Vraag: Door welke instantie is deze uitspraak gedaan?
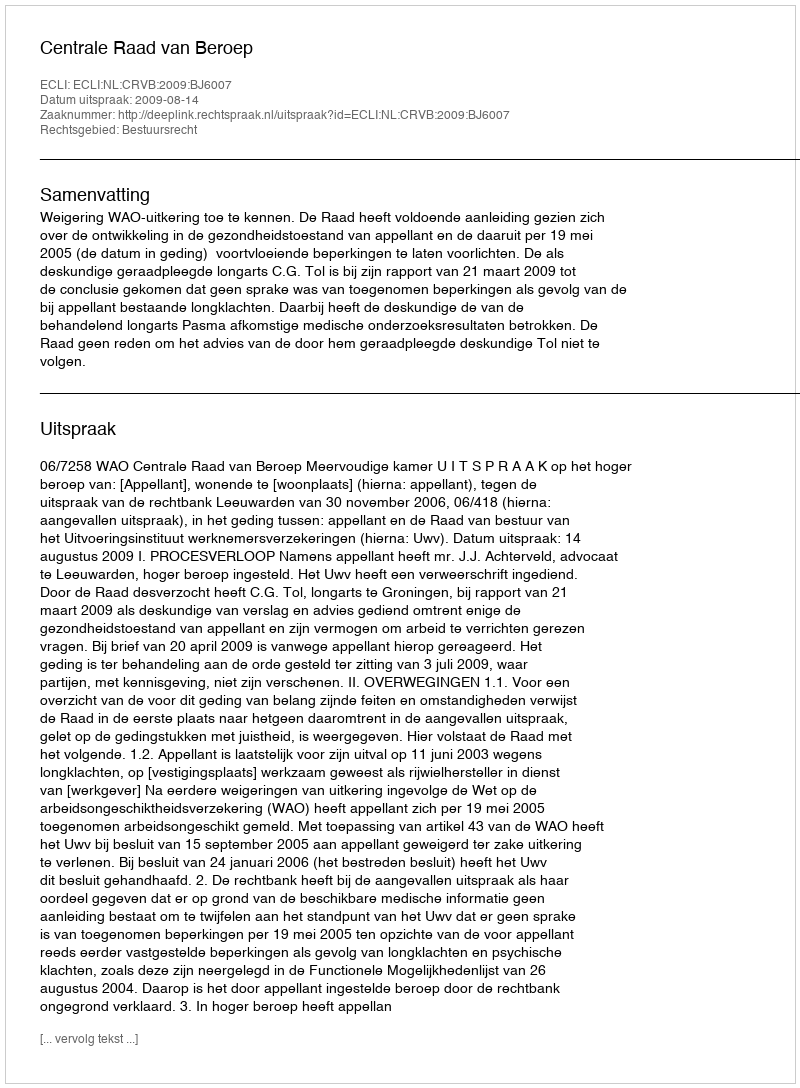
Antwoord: Centrale Raad van Beroep